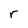
Character: r